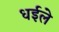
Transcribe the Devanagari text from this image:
धईले